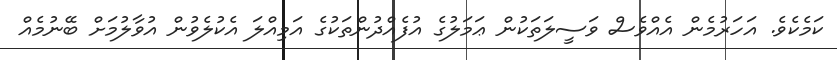
ކަމެކެވެ. އަހަރުމެން އެއްވެސް ވަސީލަތަކުން ޢަމަލުގެ އުފެއްދުންތަކުގެ އަމިއްލަ އެކުލެވުން އުވާލުމަށް ބޭނުމެއް